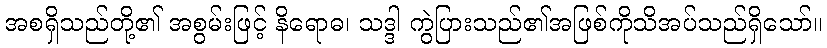
အစရှိသည်တို့၏ အစွမ်းဖြင့် နိရောဓ၊ သဒ္ဒါ ကွဲပြားသည်၏အဖြစ်ကိုသိအပ်သည်ရှိသော်။